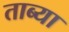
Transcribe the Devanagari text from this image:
ताब्या